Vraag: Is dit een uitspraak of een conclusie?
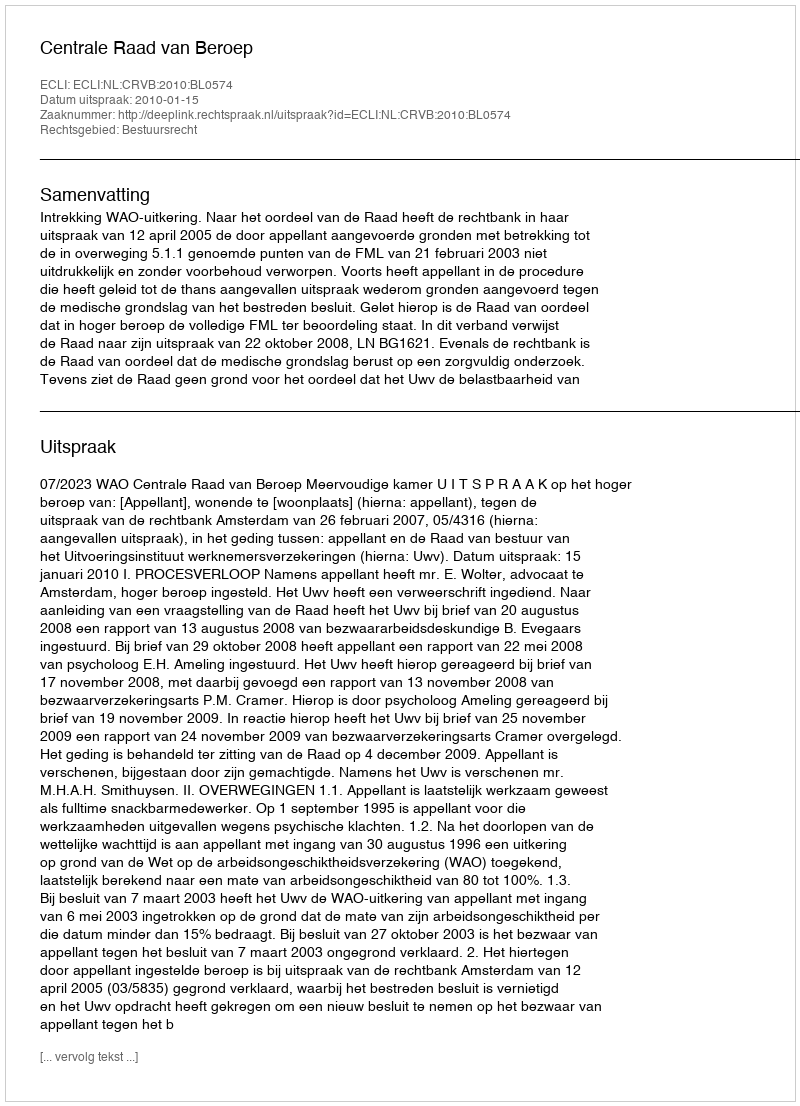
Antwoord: Uitspraak